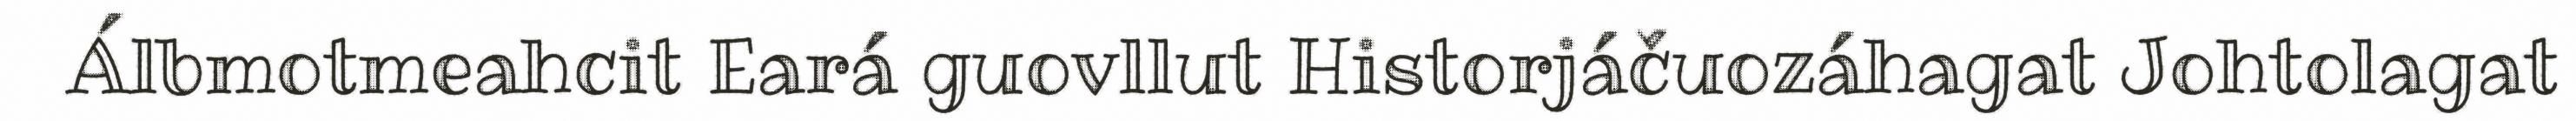
Álbmotmeahcit Eará guovllut Historjáčuozáhagat Johtolagat